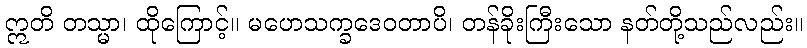
ဣတိ တသ္မာ၊ ထိုကြောင့်။ မဟေသက္ခဒေဝတာပိ၊ တန်ခိုးကြီးသော နတ်တို့သည်လည်း။